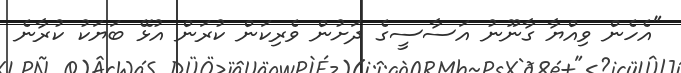
"އެހެން ވިއްޔާ ގާނޫނު އަސާސީގެ ދަށުން ވެރިކަން ކުރަން އުޅޭ ބަޔަކު ކުރާނެ